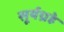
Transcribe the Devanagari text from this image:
सूर्यग्रहे